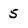
Character: 5